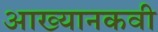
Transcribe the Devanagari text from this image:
आख्यानकवी